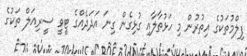
ފިލްމުތަކުގެ އިތުރުން މި ހަޅުތާލާއި ގުޅިގެން ގިނަ އަދަދެއްގެ ޓީވީ ސީރިއަލް ތަކުގެ